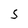
Character: S